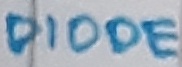
Text: DIODE